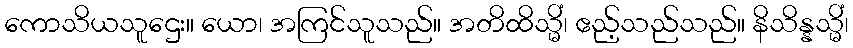
ကောသိယသူဌေး။ ယော၊ အကြင်သူသည်။ အတိထိသ္မိံ၊ ဧည့်သည်သည်။ နိသိန္နသ္မိံ၊